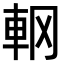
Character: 𨊾